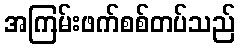
အကြမ်းဖက်စစ်တပ်သည်